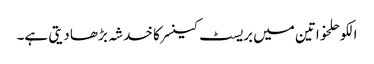
الکوحلخواتین میں بریسٹ کینسر کا خدشہ بڑھا دیتی ہے۔